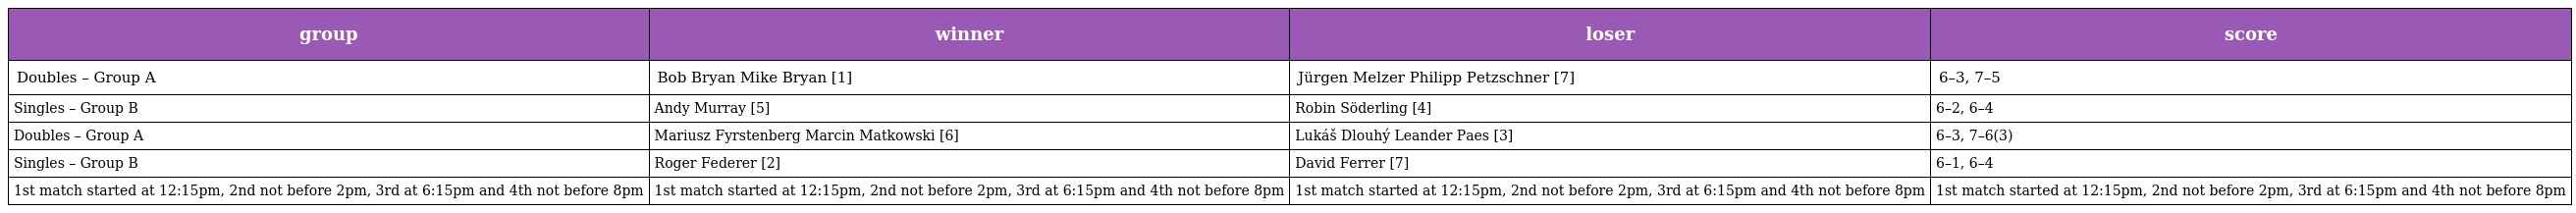
| group | winner | loser | score |
 | --- | --- | --- | --- |
 | Doubles – Group A | Bob Bryan Mike Bryan [1] | Jürgen Melzer Philipp Petzschner [7] | 6–3, 7–5 |
 | Singles – Group B | Andy Murray [5] | Robin Söderling [4] | 6–2, 6–4 |
 | Doubles – Group A | Mariusz Fyrstenberg Marcin Matkowski [6] | Lukáš Dlouhý Leander Paes [3] | 6–3, 7–6(3) |
 | Singles – Group B | Roger Federer [2] | David Ferrer [7] | 6–1, 6–4 |
 | 1st match started at 12:15pm, 2nd not before 2pm, 3rd at 6:15pm and 4th not before 8pm | 1st match started at 12:15pm, 2nd not before 2pm, 3rd at 6:15pm and 4th not before 8pm | 1st match started at 12:15pm, 2nd not before 2pm, 3rd at 6:15pm and 4th not before 8pm | 1st match started at 12:15pm, 2nd not before 2pm, 3rd at 6:15pm and 4th not before 8pm |